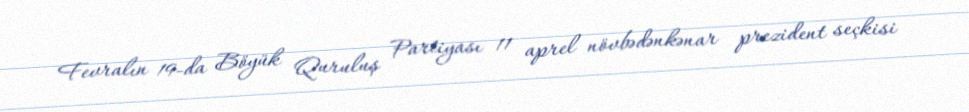
Fevralın 19-da Böyük Quruluş Partiyası 11 aprel növbədənkənar prezident seçkisi